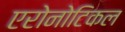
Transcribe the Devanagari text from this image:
एरोनोटिकल